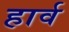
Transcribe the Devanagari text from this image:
हार्व